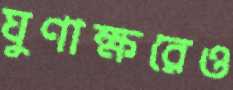
ঘুণাক্ষরেও